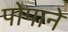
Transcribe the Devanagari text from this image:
पोपाने